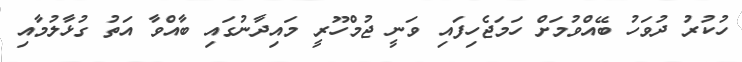
ހުކުރު ދުވަހު ބޭއްވުމަށް ހަމަޖެހިފައި ވަނީ ޖުމްހޫރީ މައިދާނުގައި ބާއްވާ އަތު ގުޅާލުމާއި